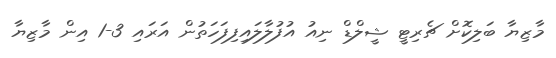
މާޒިޔާ ބަލިކޮށް ޗެރިޓީ ޝީލްޑް ނިއު އުފުލާލައިފިފަހަތުން އަރައި 3-1 އިން މާޒިޔާ